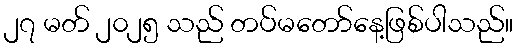
၂၇ မတ် ၂၀၂၅ သည် တပ်မတော်နေ့ဖြစ်ပါသည်။